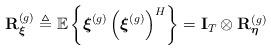
LaTeX: \begin{align*}\mathbf{R}^{(g)}_{\boldsymbol{\xi}} \triangleq \mathbb{E}\left\{\boldsymbol{\xi}^{(g)}\left(\boldsymbol{\xi}^{(g)}\right)^H\right\}=\mathbf{I}_T \otimes \mathbf{R}^{(g)}_{\boldsymbol{\eta}}\end{align*}